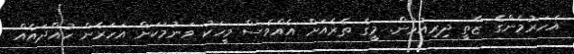
އަހަރުމެންގެ ޒާތީ ދިރިއުޅުން. މީގެ ތެރެއަށް އެއްވެސް މީހަކު ވަނުމަކަށް އަހަރެން ހުއްދައެއް